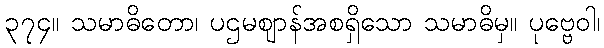
၃၇၄။ သမာဓိတော၊ ပဌမဈာန်အစရှိသော သမာဓိမှ။ ပုဗ္ဗေဝါ၊